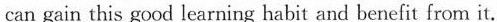
can gain this good learning habit and benefit from it.